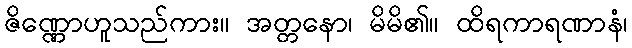
ဇိဏ္ဏောဟူသည်ကား။ အတ္တနော၊ မိမိ၏။ ထိရကာရဏာနံ၊